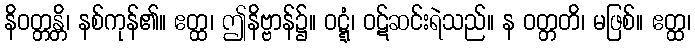
နိဝတ္တန္တိ၊ နစ်ကုန်၏။ ဧတ္ထ၊ ဤနိဗ္ဗာန်၌။ ဝဋ္ဋံ၊ ဝဋ်ဆင်းရဲသည်။ န ဝတ္တတိ၊ မဖြစ်။ ဧတ္ထ၊